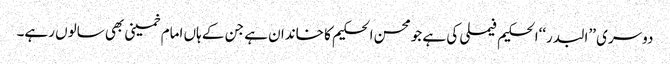
دوسری ’’البدر‘‘الحکیم فیملی کی ہے جو محسن الحکیم کا خاندان ہے جن کے ہاں امام خمینی بھی سالوں رہے۔